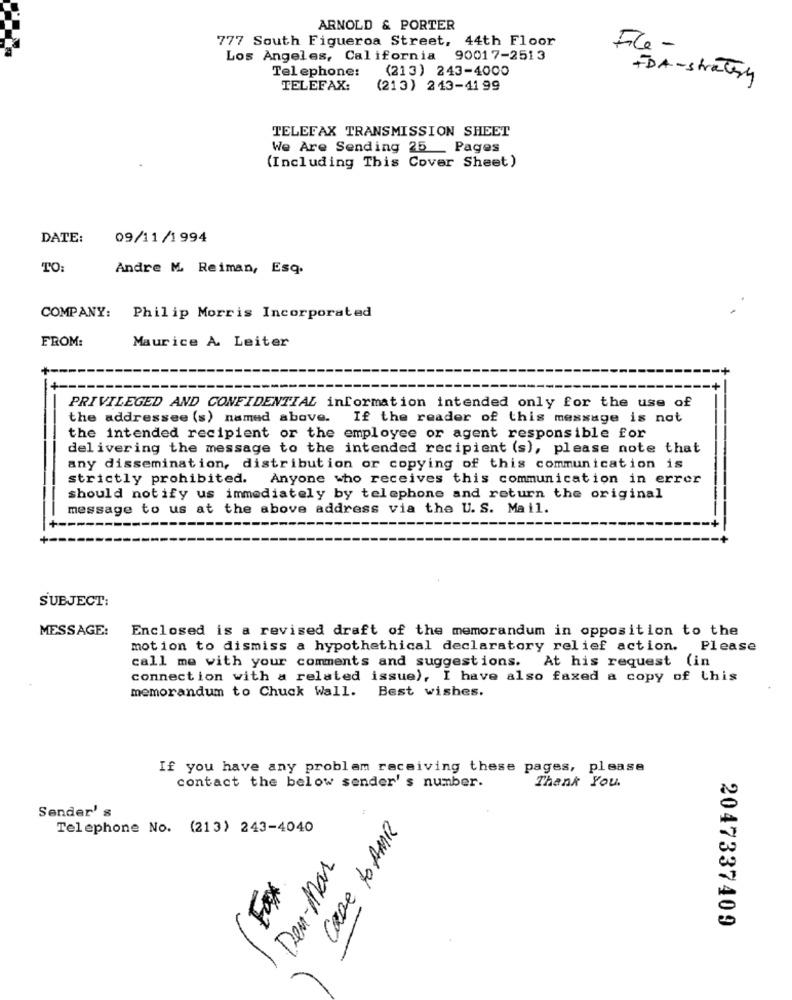
ARNOLD & PORTER
777 South Figueroa Street, 44th Floor
File -
Los Angeles, California 90017-2513
Telephone:
(213) 243-4000
+DA-stratery
TELEFAX:
(213) 213-4199
TELEFAX TRANSMISSION SHEET
We Are Sending 25 _ Pages
(Including This Cover Sheet)
DATE:
09/11/1994
TO
Andre M. Reiman, Esq.
COMPANY: Philip Morris Incorporated
FROM:
Maurice A. Leiter
PRIVILEGED AND CONFIDENTIAL information intended only for the use of
the addressee (s) named above. If the reader of this message is not
the intended recipient or the employee or agent responsible for
delivering the message to the intended recipient (s), please note that
any dissemination, distribution or copying of this communication is
strictly prohibited. Anyone who receives this communication in error
should notify us immediately by telephone and return the original
message to us at the above address via the U. S. Mail.
SUBJECT:
MESSAGE:
Enclosed is a revised draft of the memorandum in opposition to the
motion to dismiss a hypothethical declaratory relief action. Please
call me with your comments and suggestions. At his request (in
connection with a related issue), I have also faxed a copy of this
memorandum to Chuck Wall. Best wishes.
If you have any problem receiving these pages, please
Thank You.
contact the below sender's number.
Sender' s
Telephone No. (213) 243-4040
Care to AMR
Den-Mar
2047337409